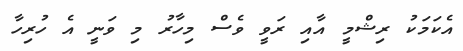
އެކަމަކު ރިޝްމީ އާއި ރަވީ ވެސް މިހާރު މި ވަނީ އެ ހުރިހާ